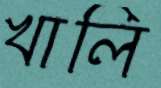
খালি